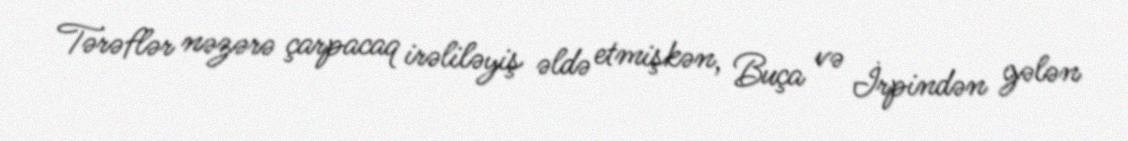
Tərəflər nəzərə çarpacaq irəliləyiş əldə etmişkən, Buça və İrpindən gələn